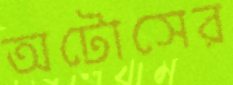
অটোসের